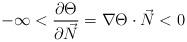
LaTeX: \begin{align*}-\infty < \frac{\partial \Theta}{\partial \vec N}=\nabla \Theta \cdot \vec{N} <0\end{align*}